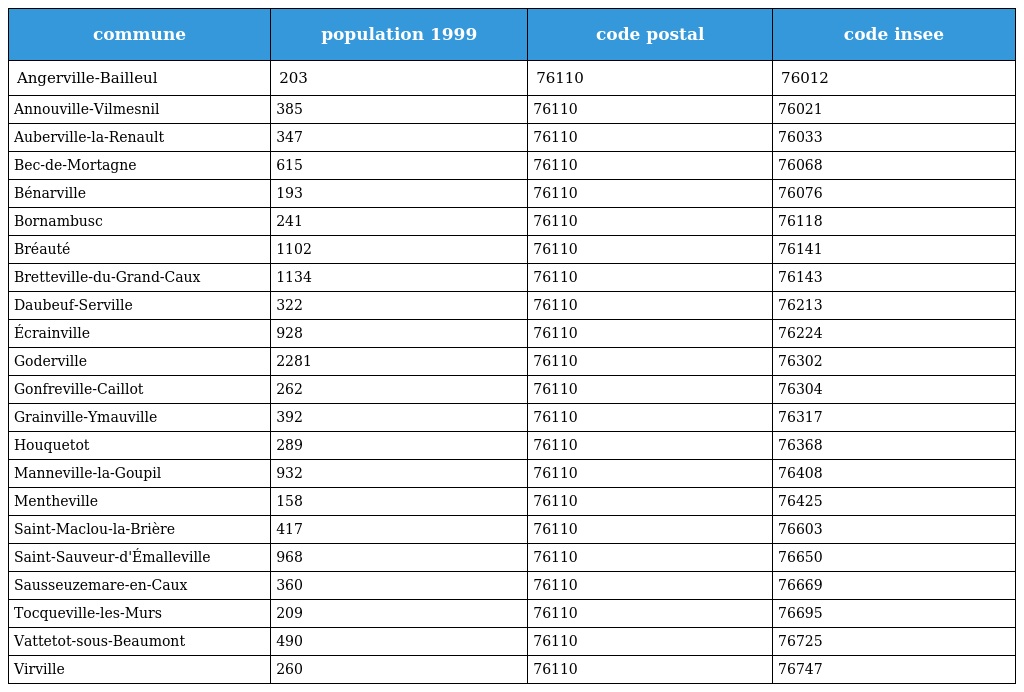
| commune | population 1999 | code postal | code insee |
 | --- | --- | --- | --- |
 | Angerville-Bailleul | 203 | 76110 | 76012 |
 | Annouville-Vilmesnil | 385 | 76110 | 76021 |
 | Auberville-la-Renault | 347 | 76110 | 76033 |
 | Bec-de-Mortagne | 615 | 76110 | 76068 |
 | Bénarville | 193 | 76110 | 76076 |
 | Bornambusc | 241 | 76110 | 76118 |
 | Bréauté | 1102 | 76110 | 76141 |
 | Bretteville-du-Grand-Caux | 1134 | 76110 | 76143 |
 | Daubeuf-Serville | 322 | 76110 | 76213 |
 | Écrainville | 928 | 76110 | 76224 |
 | Goderville | 2281 | 76110 | 76302 |
 | Gonfreville-Caillot | 262 | 76110 | 76304 |
 | Grainville-Ymauville | 392 | 76110 | 76317 |
 | Houquetot | 289 | 76110 | 76368 |
 | Manneville-la-Goupil | 932 | 76110 | 76408 |
 | Mentheville | 158 | 76110 | 76425 |
 | Saint-Maclou-la-Brière | 417 | 76110 | 76603 |
 | Saint-Sauveur-d'Émalleville | 968 | 76110 | 76650 |
 | Sausseuzemare-en-Caux | 360 | 76110 | 76669 |
 | Tocqueville-les-Murs | 209 | 76110 | 76695 |
 | Vattetot-sous-Beaumont | 490 | 76110 | 76725 |
 | Virville | 260 | 76110 | 76747 |